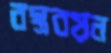
বস্ত্রবয়ন